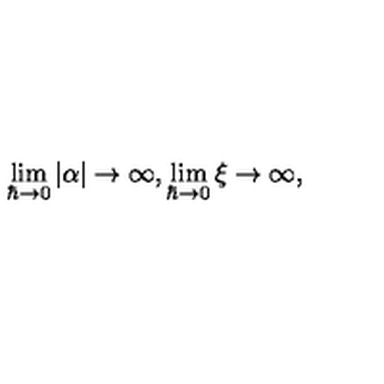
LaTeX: \lim _ { \hbar \to 0 } | \alpha | \to \infty , \lim _ { \hbar \to 0 } \xi \to \infty ,